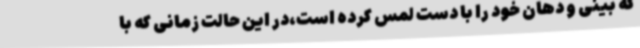
که بینی و دهان خود را با دست لمس کرده است،در این حالت زمانی که با